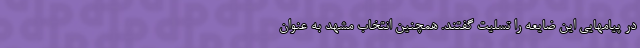
در پیامهایی این ضایعه را تسلیت گفتند. همچنین انتخاب مشهد به عنوان